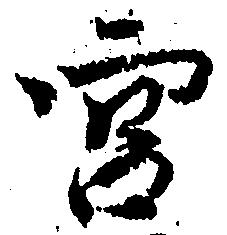
宮